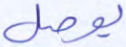
يوصل